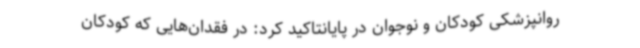
روانپزشکی کودکان و نوجوان در پایانتاکید کرد: در فقدان‌هایی که کودکان